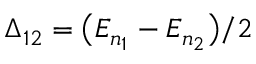
\Delta _ { 1 2 } = \big ( E _ { n _ { 1 } } - E _ { n _ { 2 } } \big ) / 2